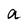
Character: a